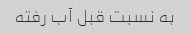
به نسبت قبل آب رفته